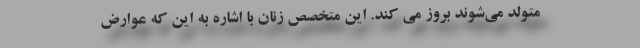
متولد می‌شوند بروز می کند. این متخصص زنان با اشاره به این که عوارض